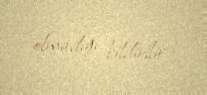
olmadığı bildirilir.